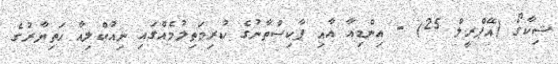
ޝިކާގޯ (އޭޕްރީލް 25) - އިންޑިއާ އާއި ޕާކިސްތާނުގެ ކުރިމަތިލުމެއްގައި ނިއުކްލިއާ ހަތިޔާރުގެ